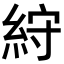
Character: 𥿾